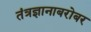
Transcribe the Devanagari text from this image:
तंत्रज्ञानाबरोबर